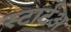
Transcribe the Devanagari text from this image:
स्टार्टअ